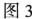
图13